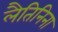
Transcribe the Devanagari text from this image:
लैतिनिना